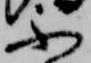
不